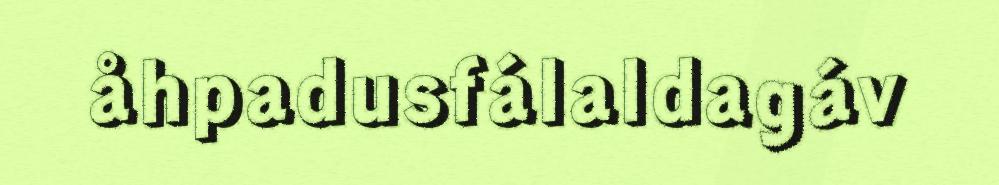
åhpadusfálaldagáv